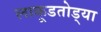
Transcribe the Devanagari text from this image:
लाकूडतोड्या